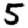
Digit: 5